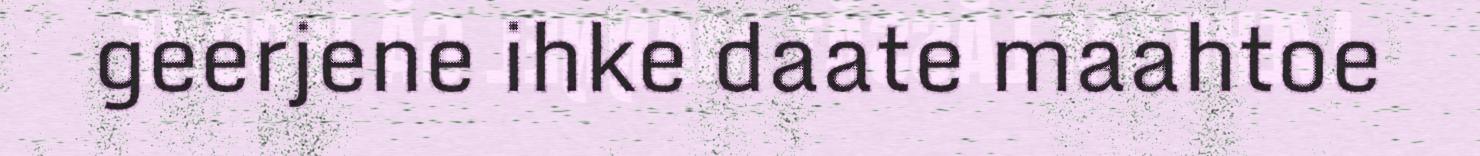
geerjene ihke daate maahtoe